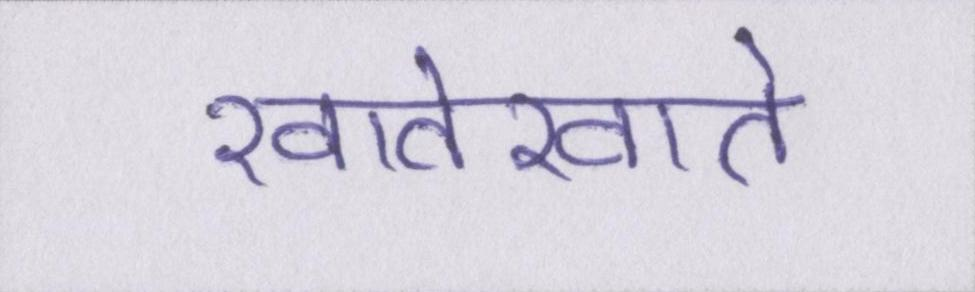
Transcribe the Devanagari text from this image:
खातेखाते